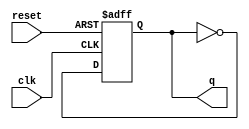
// toggle Flip Flop
module tff (q, clk, reset);
  output reg q;
  input clk, reset;

  //  always @(posedge reset or posedge clk) begin
  // 1) First way to fix counter: change posedge to negedge
  // always @(posedge reset or negedge clk) begin
  // 2) Second way: keep the posedge clk. 
  // Bit need to inverse the output ~ck, ~q[0], ~q[1]. ~q[2]
  always @(posedge reset or posedge clk) begin
     if (reset) begin
         q <= 1'b0;
     end else begin
          q <= ~q;
     end
   end
endmodule

module ripple_carry_counter (q, clk, reset);
   output [3:0] q;
   input clk, reset;

   // 1) No change
   //tff tff0 (q[0], clk, reset);
   // tff tff1 (q[1], q[0], reset);
   // tff tff2 (q[2], q[1], reset);
   // tff tff3 (q[3], q[2], reset);
   // 2) change 
   tff tff0 (q[0], ~clk, reset);
   tff tff1 (q[1], ~q[0], reset);
   tff tff2 (q[2], ~q[1], reset);
   tff tff3 (q[3], ~q[2], reset);
endmodule